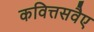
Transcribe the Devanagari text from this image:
कवित्तसवैए